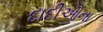
દાદીઓના